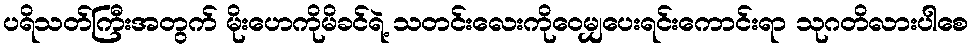
ပရိသတ်ကြီးအတွက် မိုးဟေကိုမိခင်ရဲ့ သတင်းလေးကိုဝေမျှပေးရင်းကောင်းရာ သုဂတိလားပါစေ